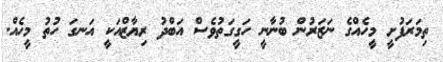
ތިމަރަފުށީ މީހެއްގެ ނަޒަރުން ބުނާނީ ހަގީގަތުވެސް އަބްދު ރިޔާޒްއަކީ އަނގަ ހުތު މީހެއް.